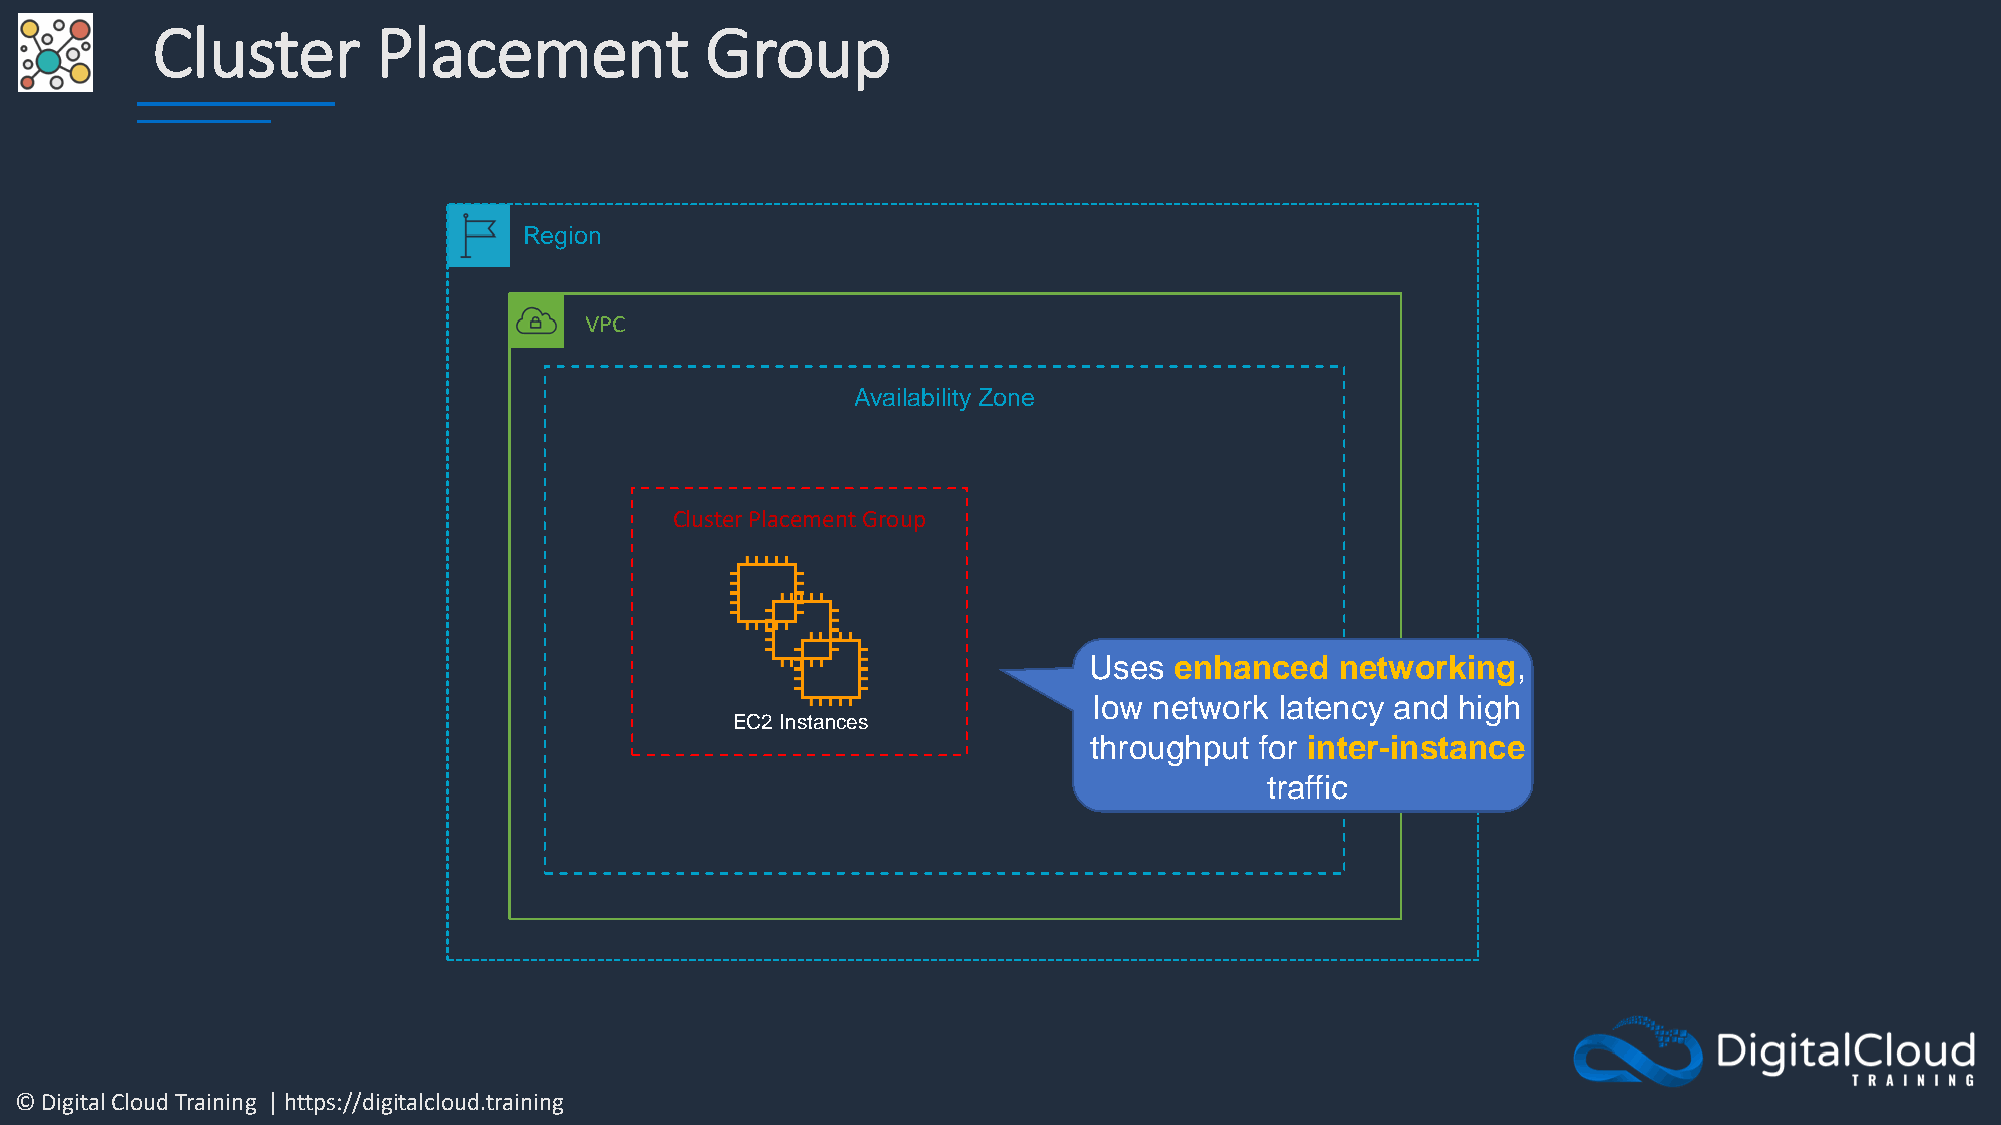
Cluster        Placement             Group
 Region
 VPC
 Availability Zone
 Cluster Placement Group
 Uses  enhanced   networking,
 low network  latency and high
 EC2 Instances
 throughput for inter-instance
 traffic
 © Digital Cloud Training | https://digitalcloud.training